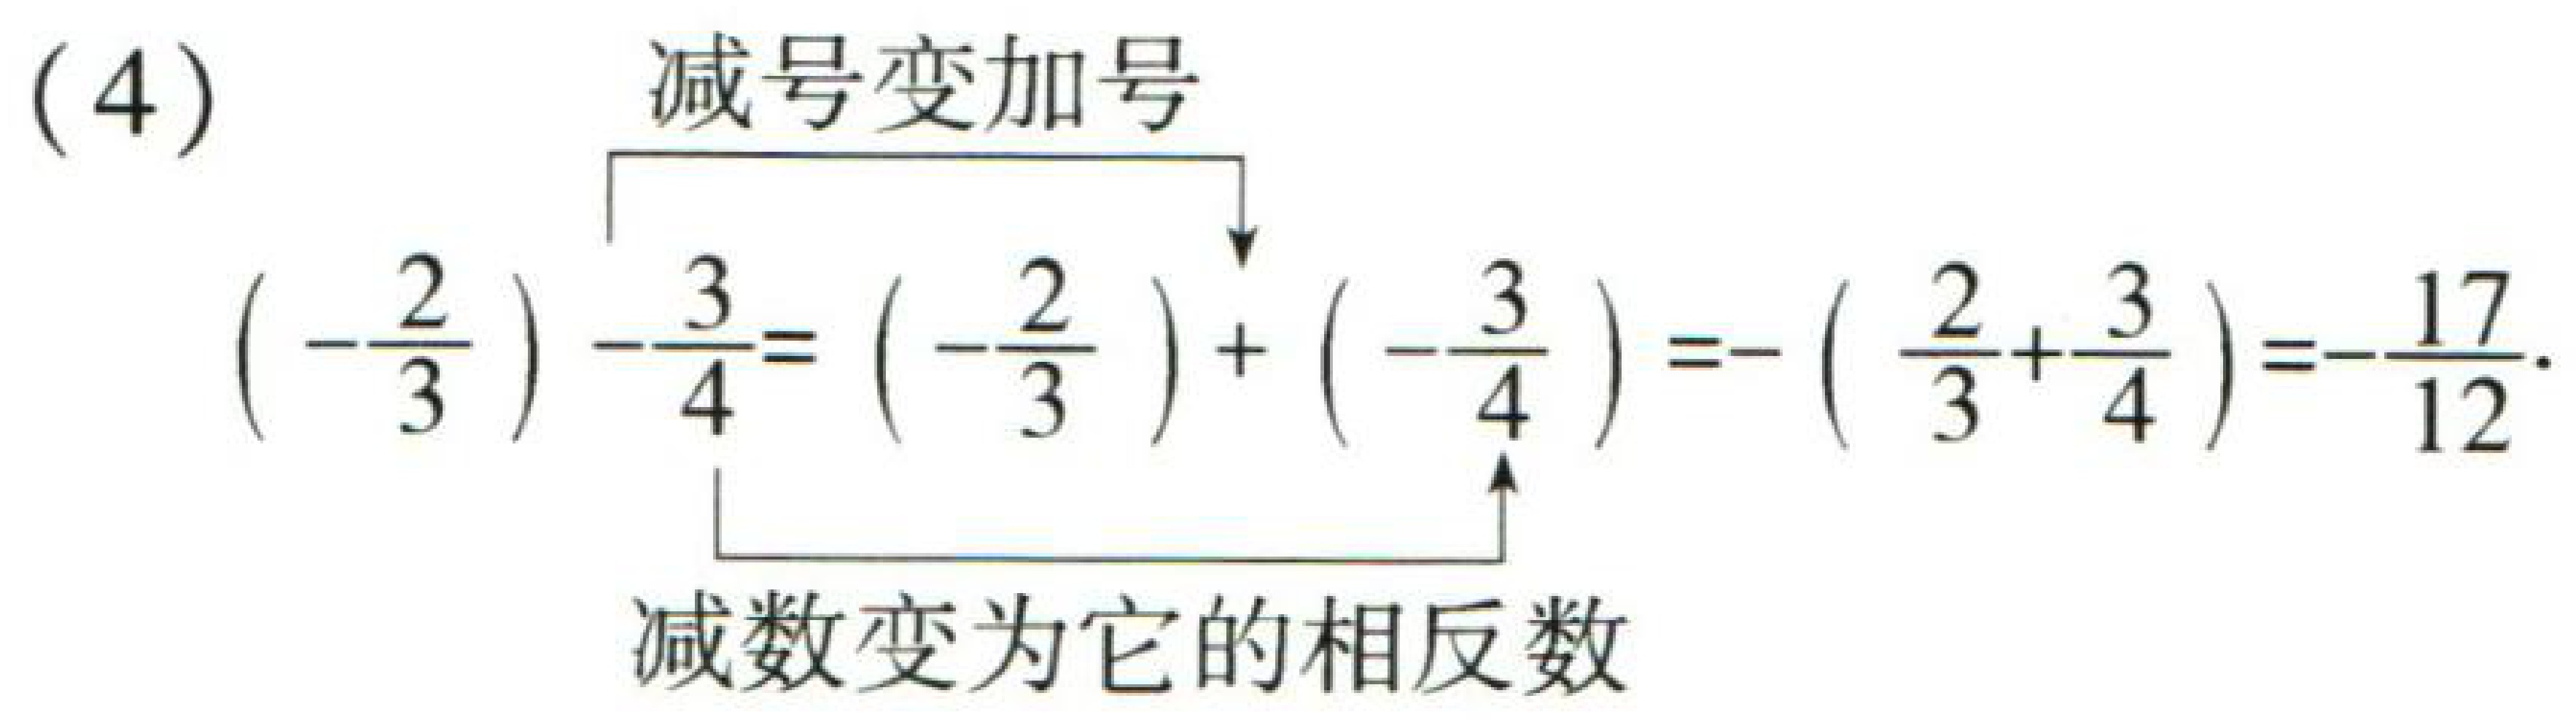
(4) 减号变加号
\((-\frac{2}{3})-\frac{3}{4}=(-\frac{2}{3})+(-\frac{3}{4})=-(\frac{2}{3}+\frac{3}{4})=-\frac{17}{12}\)
减数变为它的相反数